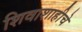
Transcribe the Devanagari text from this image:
शिवाशाहीचे